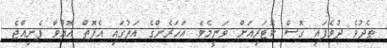
ތެދުވެ ދުވެފައި ގޮސް ކޮޓަރިއަށް ވަނީމެވެ. އަހަރެންގެ އަތުގައި އެފޮތް އޮއްވާ ފެނިއްޖެ